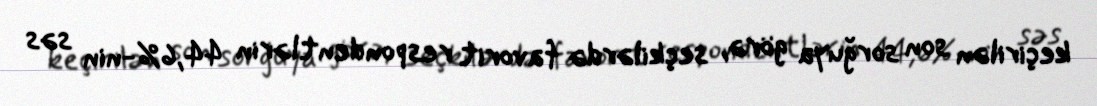
keçirilən son sorğuya görə, seçkilərdə favorit respondentlərin 44,6%-nin səs